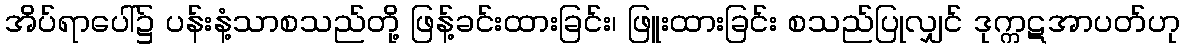
အိပ်ရာပေါ်၌ ပန်းနံ့သာစသည်တို့ ဖြန့်ခင်းထားခြင်း၊ ဖြူးထားခြင်း စသည်ပြုလျှင် ဒုက္ကဋအာပတ်ဟု